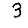
Digit: 3